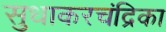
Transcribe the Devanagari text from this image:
सुधाकरचंद्रिका